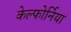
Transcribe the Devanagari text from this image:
केल्फोर्निया